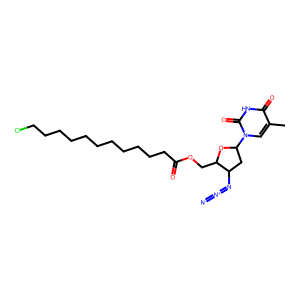
SMILES: Cc1cn(C2CC(N=[N+]=[N-])C(COC(=O)CCCCCCCCCCCCl)O2)c(=O)[nH]c1=O
Inhibits HIV replication: Yes